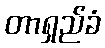
တာရှည်ခံ